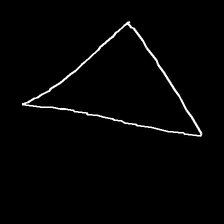
Glyph: convergence